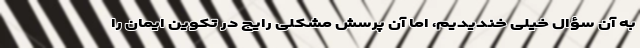
به آن سؤال خیلی خندیدیم، اما آن پرسش مشکلی رایج در تکوین ایمان را